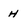
Character: H